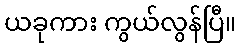
ယခုကား ကွယ်လွန်ပြီ။